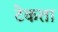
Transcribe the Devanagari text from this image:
टेकता